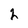
Character: 2